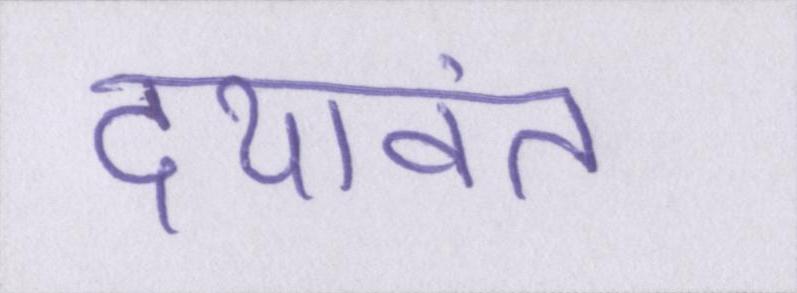
दयावंत